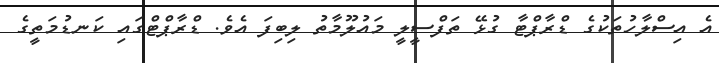
އެ އިސްލާހުތަކުގެ ޑްރާޕްޓާ ގުޅޭ ތަފްސީލީ މައުލޫމާތު ލިބިފަ އެވެ. ޑްރާޕްޓްގައި ކަނޑުމަތީގެ